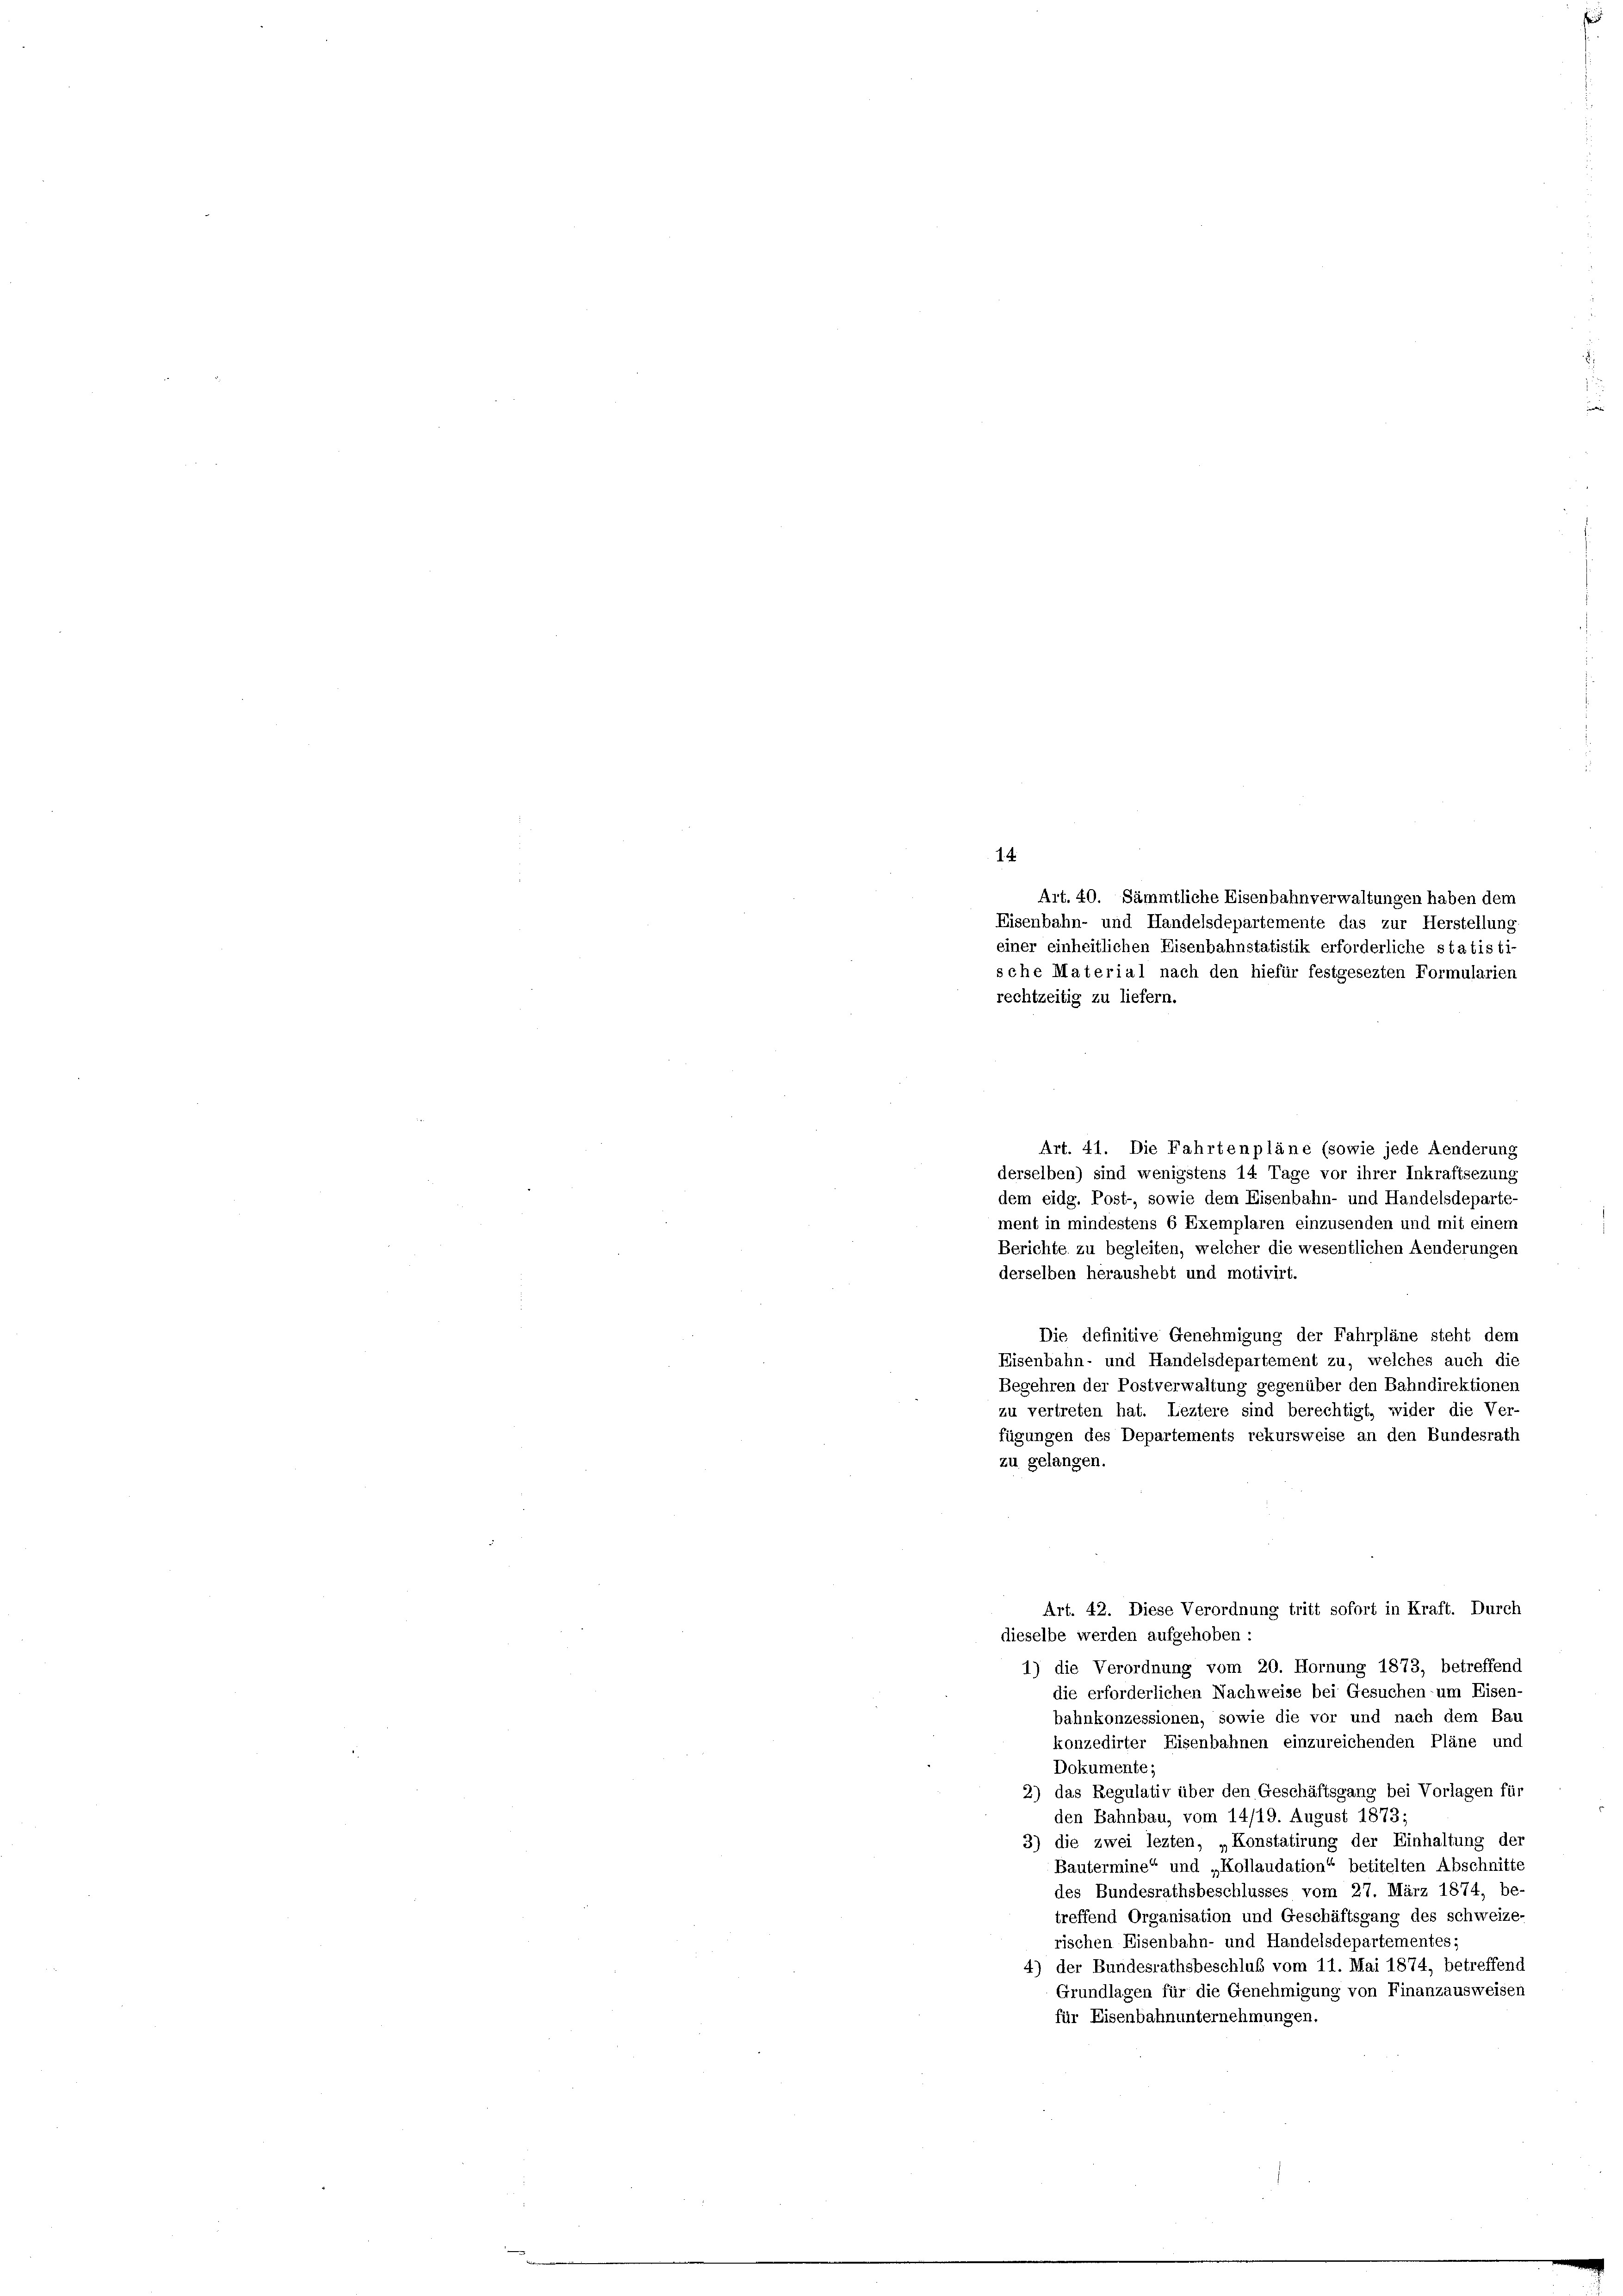
Art. 41. Die Fahrtenpläne (sowie jede Aenderung
derselben) sind wenigstens 14 Tage vor ihrer Inkraftsezung
dem eidg. Post-, sowie dem Eisenbahn- und Handelsdeparte-
ment in mindestens 6 Exemplaren einzusenden und mit einem
Berichte zu begleiten, welcher die wesentlichen Aenderungen
derselben heraushebt und motivirt.
Die definitive Genehmigung der Fahrpläne steht dem
Eisenbahn- und Handelsdepartement zu, welches auch die
Begehren der Postverwaltung gegenüber den Bahndirektionen
zu vertreten hat. Leztere sind berechtigt, wider die Ver-
fügungen des Departements rekursweise an den Bundesrath
zu gelangen.
Art. 42. Diese Verordnung tritt sofort in Kraft. Durch
dieselbe werden aufgehoben :
1) die Verordnung vom 20. Hornung 1873, betreffend
die erforderlichen Nachweise bei Gesuchen um Eisen-
bahnkonzessionen, sowie die vor und nach dem Bau
konzedirter Eisenbahnen einzureichenden Pläne und
Dokumente;
2) das Regulativ über den Geschäftsgang bei Vorlagen für
den Bahnbau, vom 14/19. August 1873;
3) die zwei lezten, „Konstatirung der Einhaltung der
Bautermine“ und „Kollaudation“ betitelten Abschnitte
des Bundesrathsbeschlusses vom 27. März 1874, be-
treffend Organisation und Geschäftsgang des schweize-
rischen Eisenbahn- und Handelsdepartementes;
4) der Bundesrathsbeschluß vom 11. Mai 1874, betreffend
Grundlagen für die Genehmigung von Finanzausweisen
für Eisenbahnunternehmungen.

14.
Art. 40. Sämmtliche Eisenbahnverwaltungen haben dem
Eisenbahn- und Handelsdepartemente das zur Herstellung.
einer einheitlichen Eisenbahnstatistik erforderliche statisti-
sche Material nach den hiefür festgesezten Formularien
rechtzeitig zu liefern.